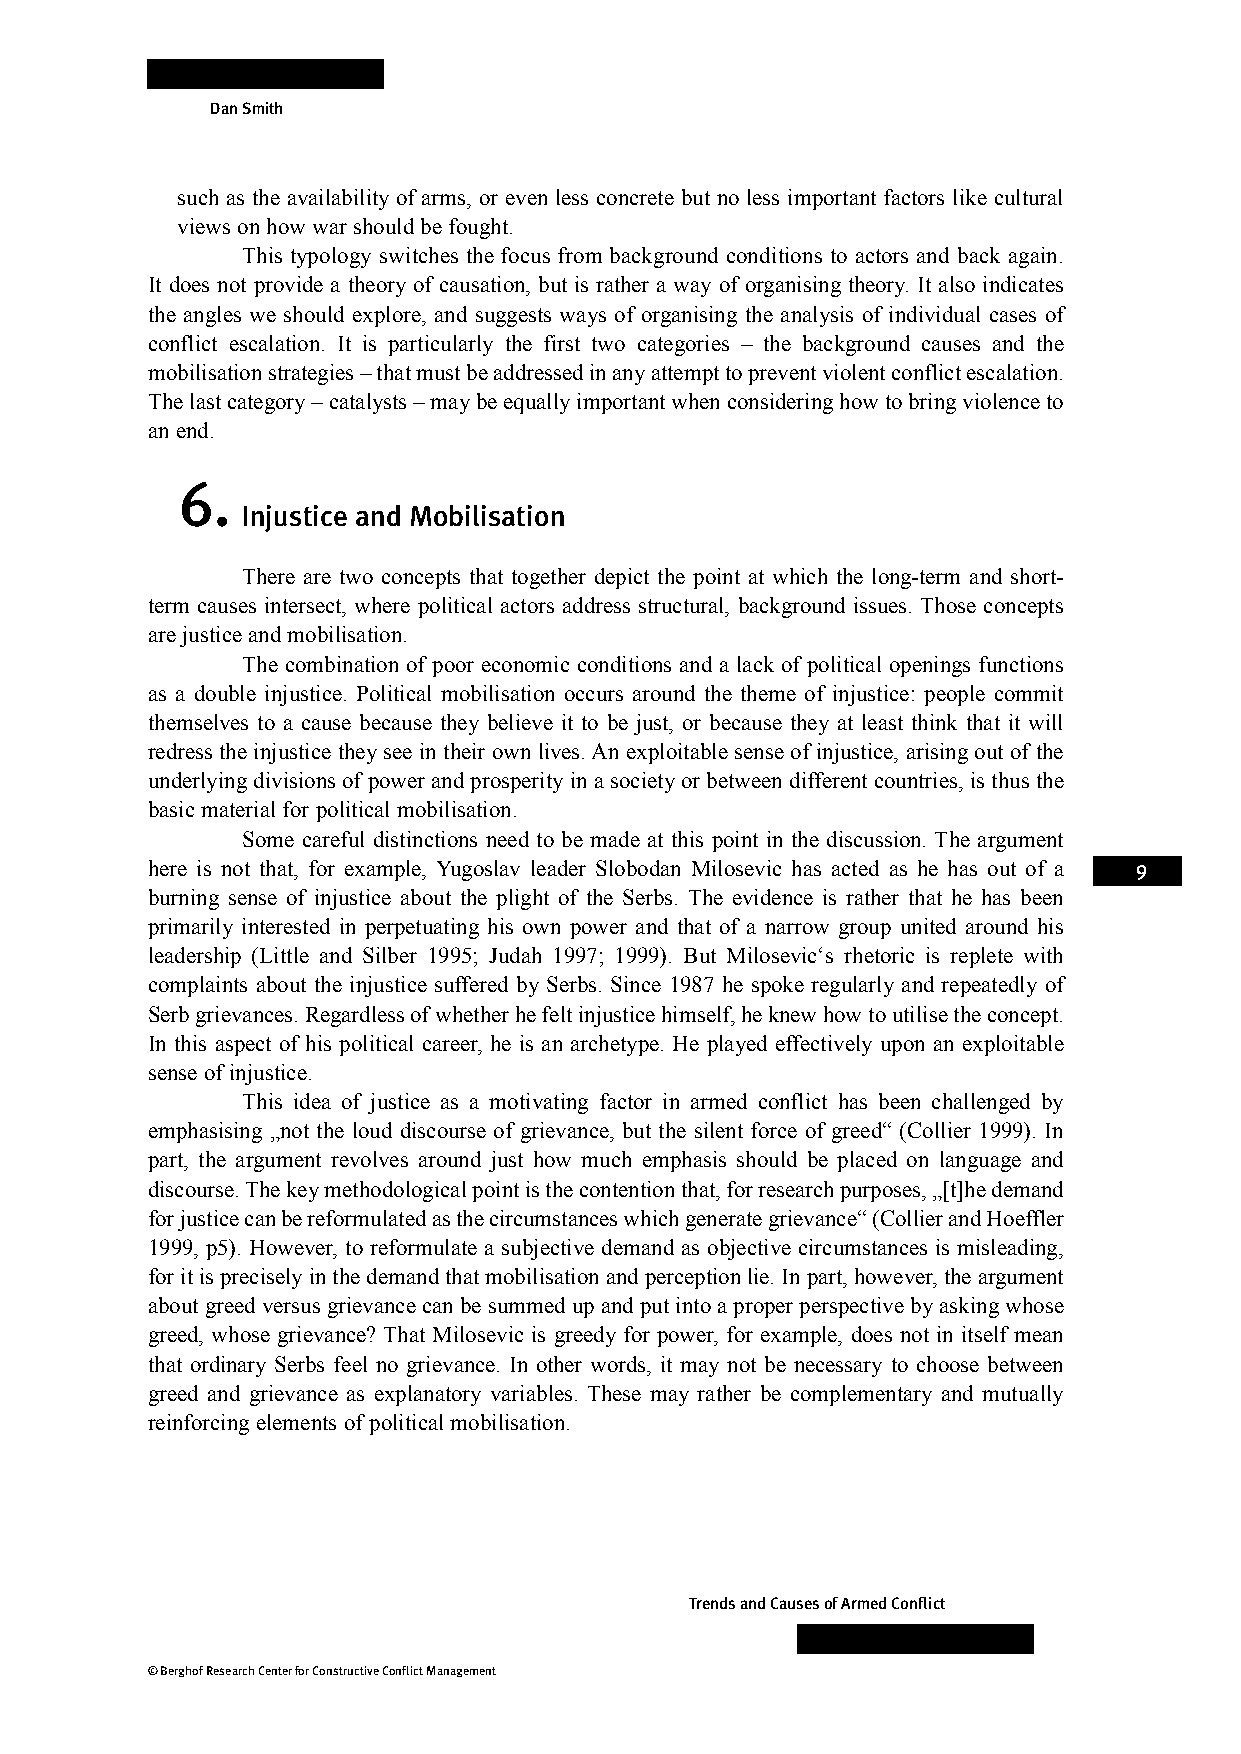
Dan Smith
 such as the availability of arms, or even less concrete but no less important factors like cultural
 views on how war should be fought.
 This typology switches the focus from background conditions to actors and back again.
 It does not provide a theory of causation, but is rather a way of organising theory. It also indicates
 the angles we should explore, and suggests ways of organising the analysis of individual cases of
 conflict escalation. It is particularly the first two categories – the background causes and the
 mobilisation strategies – that must be addressed in any attempt to prevent violent conflict escalation.
 The last category – catalysts – may be equally important when considering how to bring violence to
 an end.
 6.
 Injustice and Mobilisation
 There are two concepts that together depict the point at which the long-term and short-
 term causes intersect, where political actors address structural, background issues. Those concepts
 are justice and mobilisation.
 The combination of poor economic conditions and a lack of political openings functions
 as a double injustice. Political mobilisation occurs around the theme of injustice: people commit
 themselves to a cause because they believe it to be just, or because they at least think that it will
 redress the injustice they see in their own lives. An exploitable sense of injustice, arising out of the
 underlying divisions of power and prosperity in a society or between different countries, is thus the
 basic material for political mobilisation.
 Some careful distinctions need to be made at this point in the discussion. The argument
 here is not that, for example, Yugoslav leader Slobodan Milosevic has acted as he has out of a 9
 burning sense of injustice about the plight of the Serbs. The evidence is rather that he has been
 primarily interested in perpetuating his own power and that of a narrow group united around his
 leadership (Little and Silber 1995; Judah 1997; 1999). But Milosevic‘s rhetoric is replete with
 complaints about the injustice suffered by Serbs. Since 1987 he spoke regularly and repeatedly of
 Serb grievances. Regardless of whether he felt injustice himself, he knew how to utilise the concept.
 In this aspect of his political career, he is an archetype. He played effectively upon an exploitable
 sense of injustice.
 This idea of justice as a motivating factor in armed conflict has been challenged by
 emphasising „not the loud discourse of grievance, but the silent force of greed“ (Collier 1999). In
 part, the argument revolves around just how much emphasis should be placed on language and
 discourse. The key methodological point is the contention that, for research purposes, „[t]he demand
 for justice can be reformulated as the circumstances which generate grievance“ (Collier and Hoeffler
 1999, p5). However, to reformulate a subjective demand as objective circumstances is misleading,
 for it is precisely in the demand that mobilisation and perception lie. In part, however, the argument
 about greed versus grievance can be summed up and put into a proper perspective by asking whose
 greed, whose grievance? That Milosevic is greedy for power, for example, does not in itself mean
 that ordinary Serbs feel no grievance. In other words, it may not be necessary to choose between
 greed and grievance as explanatory variables. These may rather be complementary and mutually
 reinforcing elements of political mobilisation.
 Trends and Causes of Armed Conflict
 © Berghof Research Center for Constructive Conflict Management